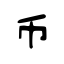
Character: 币